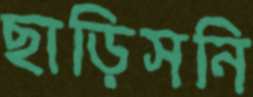
ছাড়িসনি